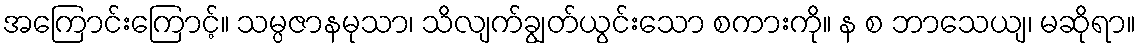
အကြောင်းကြောင့်။ သမ္ပဇာနမုသာ၊ သိလျက်ချွတ်ယွင်းသော စကားကို။ န စ ဘာသေယျ၊ မဆိုရာ။